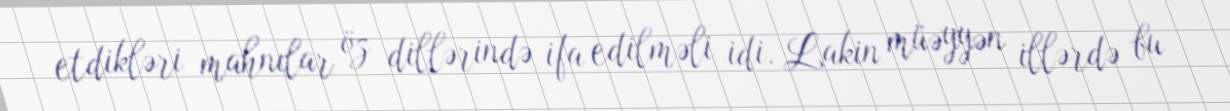
etdikləri mahnılar öz dillərində ifa edilməli idi. Lakin müəyyən illərdə bu